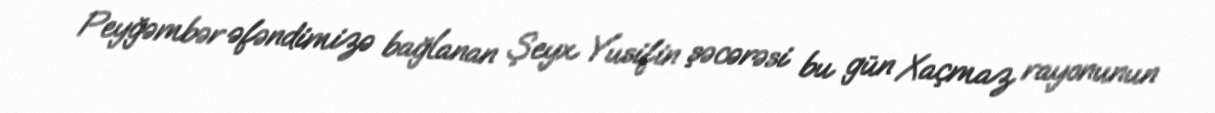
Peyğəmbər əfəndimizə bağlanan Şeyx Yusifin şəcərəsi bu gün Xaçmaz rayonunun